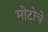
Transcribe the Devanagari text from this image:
मोटोचे